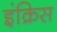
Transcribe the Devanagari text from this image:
इंक्रिस